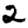
Digit: 2